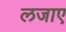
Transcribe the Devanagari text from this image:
लजाए